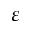
\varepsilon